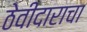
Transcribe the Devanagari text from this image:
ठेवीदाराचा